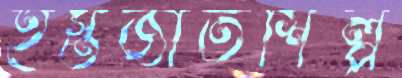
হস্তজাতশিল্প